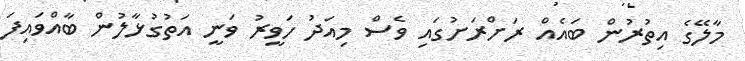
މާލޭގެ އިތުރުން ބައެއް ރަށްރަށުގައި ވެސް މިއަދު ހަވީރު ވަނީ އަތުުގުޅާލުން ބާއްވައިފަ